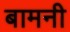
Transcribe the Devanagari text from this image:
बामनी